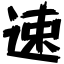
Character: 速